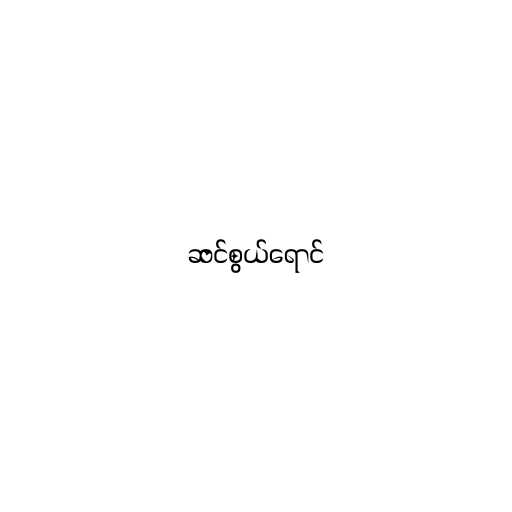
ဆင်စွယ်ရောင်